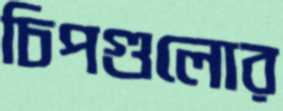
চিপগুলোর